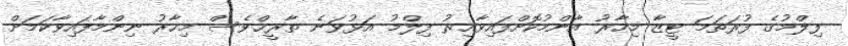
ފިލްމުގެ ފުރަތަމަ ޓީޒާ މިހާރު އާންމުކޮށްފައިވާއިރު ފިލްމު އަޅުވަނެ ތާރީޚްވެސް މިހާރު ނިންމާފައިވާކަމަށް